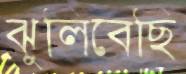
ঝুলিবেছি